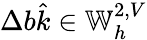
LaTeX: \Delta b\hat{k}\in\mathbb{W}_{h}^{2,V}